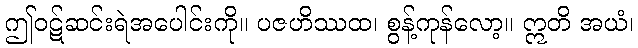
ဤဝဋ်ဆင်းရဲအပေါင်းကို။ ပဇဟိဿထ၊ စွန့်ကုန်လော့။ ဣတိ အယံ၊